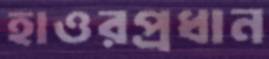
হাওরপ্রধান